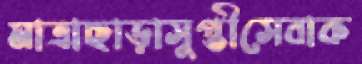
মাত্রাছাড়াসুপ্তীসেবাক